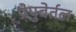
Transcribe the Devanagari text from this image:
प्रेपुबेर्तल